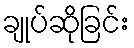
ချုပ်ဆိုခြင်း